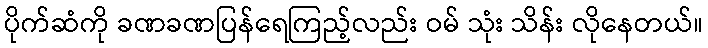
ပိုက်ဆံကို ခဏခဏပြန်ရေကြည့်လည်း ဝမ် သုံး သိန်း လိုနေတယ်။